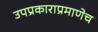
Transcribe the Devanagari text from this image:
उपप्रकाराप्रमाणेच